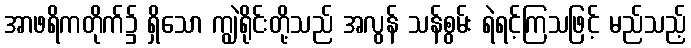
အာဖရိကတိုက်၌ ရှိသော ကျွဲရိုင်းတို့သည် အလွန် သန်စွမ်း ရဲရင့်ကြသဖြင့် မည်သည့်